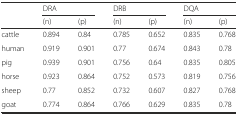
<table><thead><tr><td>[EMPTY_CELL]</td><td colspan="2"><b>DRA</b></td><td colspan="2"><b>DRB</b></td><td colspan="2"><b>DQA</b></td></tr><tr><td>[EMPTY_CELL]</td><td><b>(n)</b></td><td><b>(p)</b></td><td><b>(n)</b></td><td><b>(p)</b></td><td><b>(n)</b></td><td><b>(p)</b></td></tr></thead><tbody><tr><td>cattle</td><td>0.894</td><td>0.84</td><td>0.785</td><td>0.652</td><td>0.835</td><td>0.768</td></tr><tr><td>human</td><td>0.919</td><td>0.901</td><td>0.77</td><td>0.674</td><td>0.843</td><td>0.78</td></tr><tr><td>pig</td><td>0.939</td><td>0.901</td><td>0.756</td><td>0.64</td><td>0.835</td><td>0.805</td></tr><tr><td>horse</td><td>0.923</td><td>0.864</td><td>0.752</td><td>0.573</td><td>0.819</td><td>0.756</td></tr><tr><td>sheep</td><td>0.77</td><td>0.852</td><td>0.732</td><td>0.607</td><td>0.827</td><td>0.768</td></tr><tr><td>goat</td><td>0.774</td><td>0.864</td><td>0.766</td><td>0.629</td><td>0.835</td><td>0.78</td></tr></tbody></table>